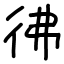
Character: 彿